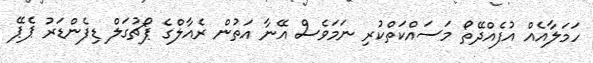
ހަމަލާއެއް އުފެއްދޭތޯ މަސައްކަތްކުރި ނަމަވެސް އޭނާ އަތުން ރެއާލްގެ ޕޯޗުގަލް ޑިފެންޑަރު ޕެޕޭ